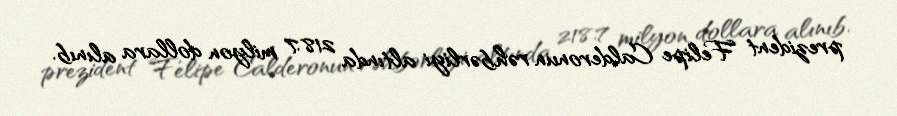
prezident Felipe Calderonun rəhbərliyi altında 218.7 milyon dollara alınıb.